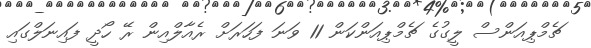
ޗެމްޕިއަންސް ލީގުގެ ޗެމްޕިއަންކަން 11 ވަނަ ފަހަރަށް ރެއާލްއިން ރޭ ހޯދީ ފައިނަލްގައި